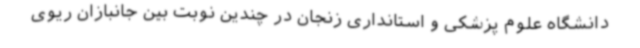
دانشگاه علوم پزشکی و استانداری زنجان در چندین نوبت بین جانبازان ریوی